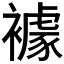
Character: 𧝲